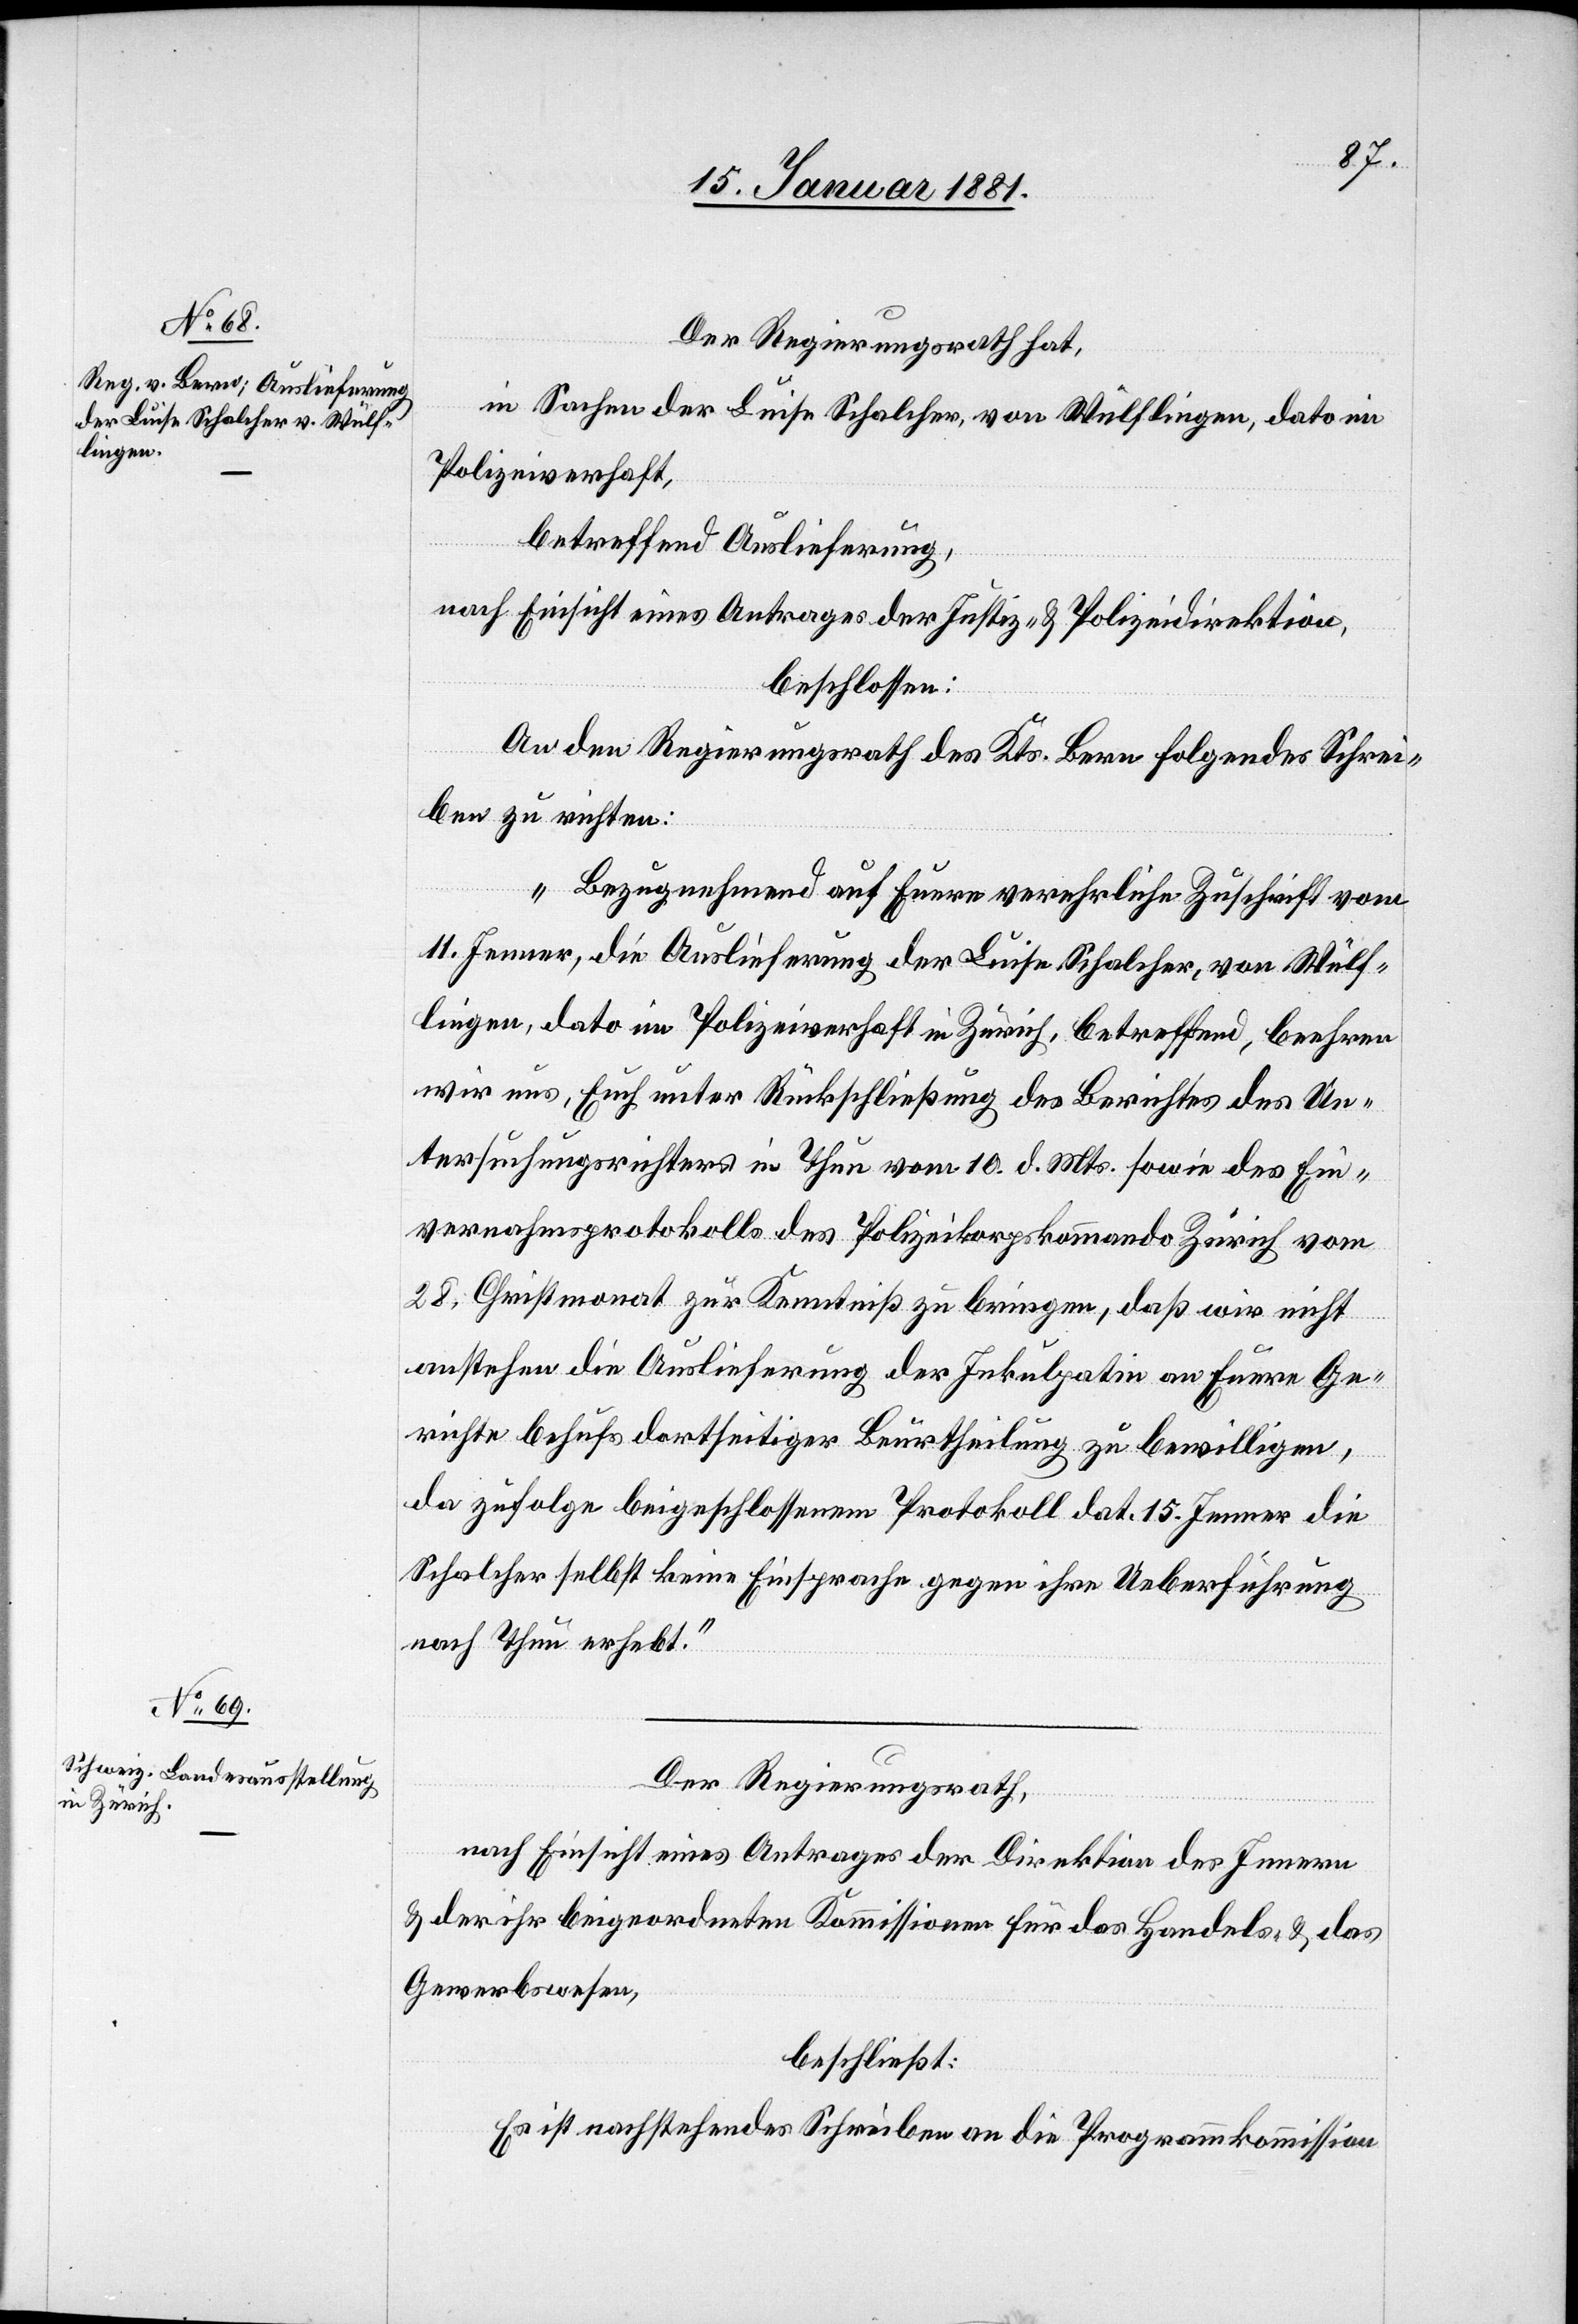
17. Januar 1881.]
Der Regierungsrath hat,
in Sachen der Luise Schalcher, von Wülflingen, dato im
Polizeiverhaft,
betreffend Auslieferung,
nach Einsicht eines Antrages der Justiz- & Polizeidirektion,
beschlossen:
An den Regierungsrath des Kts. Bern folgendes Schrei¬
ben zu richten:
„Bezugnehmend auf Euere verehrliche Zuschrift vom
11. Jenner, die Auslieferung der Luise Schalcher, von Wülf¬
lingen, dato im Polizeiverhaft in Zürich, betreffend, beehren
wir uns, Euch unter Rückschließung des Berichtes des Un¬
tersuchungsrichters in Thun vom 10. d. Mts. sowie des Ein¬
vernahmsprotokolls des Polizeikorpskommando Zürich vom
28. Christmonat zur Kenntniß zu bringen, daß wir nicht
anstehen die Auslieferung der Inkulpatin an Euere Ge¬
richte behufs dortseitiger Beurtheilung zu bewilligen,
da zufolge beigeschlossenem Protokoll dat. 15. Jenner die
Schalcher selbst keine Einsprache gegen ihre Ueberführung
nach Thun erhebt.“
Der Regierungsrath,
nach Einsicht eines Antrages der Direktion des Innern
& der ihr beigeordneten Kommissionen für das Handels- & das
Gewerbewesen,
beschließt:
Es ist nachstehendes Schreiben an die Programmkommission